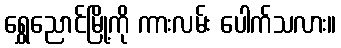
ရွှေညောင်မြို့ကို ကားလမ်း ပေါက်သလား။